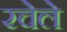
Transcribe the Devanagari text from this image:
रचेले